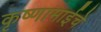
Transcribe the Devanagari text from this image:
कृष्णामाईचे